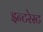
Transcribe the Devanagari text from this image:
इन्टरेस्ट